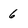
Character: 6